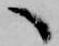
へ